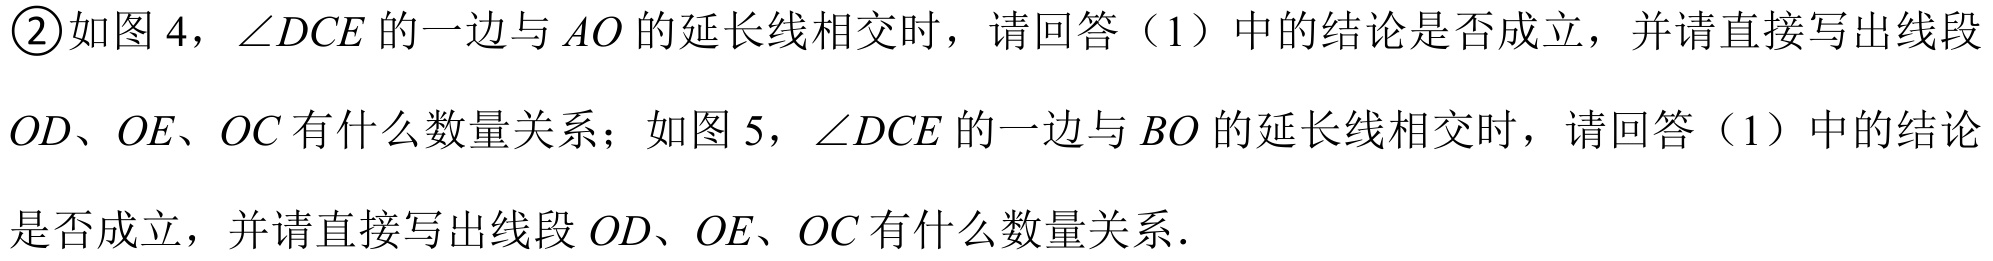
\textcircled{2}如图 4，\(\angle DCE\)的一边与 \(AO\)的延长线相交时，请回答（1）中的结论是否成立，并请直接写出线段 \(OD、OE、OC\)有什么数量关系；如图 5，\(\angle DCE\)的一边与 \(BO\)的延长线相交时，请回答（1）中的结论是否成立，并请直接写出线段 \(OD、OE、OC\)有什么数量关系.